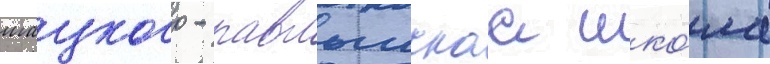
шацкого - павлышскаа шко́ла